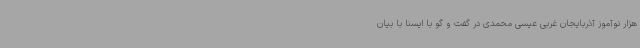
هزار نوآموز آذربایجان غربی عیسی محمدی در گفت و گو با ایسنا با بیان